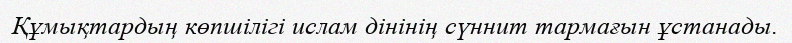
Құмықтардың көпшілігі ислам дінінің сүннит тармағын ұстанады.